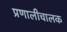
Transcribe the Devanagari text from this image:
प्रणालीचालक